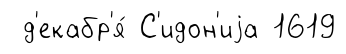
д'екабр'я́ С'идон'иjа 1619